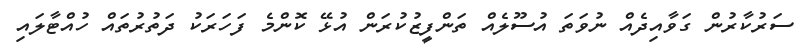
ސަރުކާރުން ގަވާއިދެއް ނުވަތަ އުސޫލެއް ތަންފީޒުކުރަން އުޅޭ ކޮންމެ ފަހަރަކު ދަތުރުތައް ހުއްޓާލައި